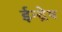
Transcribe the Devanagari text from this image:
ईन्द्रेष